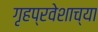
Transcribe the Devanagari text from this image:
गृहप्रवेशाच्या